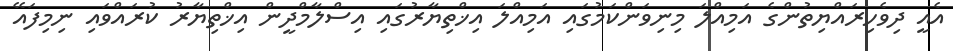
އެއީ ދިވެހިރައްޔިތުންގެ އަމިއްލަ މިނިވަންކަމުގައި އަމިއްލަ އިޚްތިޔާރުގައި އިސްލާމްދީން އިޚްތިޔާރު ކުރައްވައި ނިމިފައޭ